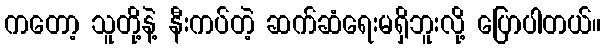
ကတော့ သူတို့နဲ့ နီးကပ်တဲ့ ဆက်ဆံရေးမရှိဘူးလို့ ပြောပါတယ်။